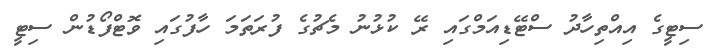
ސިޓީގެ އިއްތިހާދު ސްޓޭޑިއަމްގައި ރޭ ކުޅުނު މެޗުގެ ފުރަތަމަ ހާފުގައި ވޮޓްފޯޑުން ސިޓީ